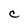
Character: c